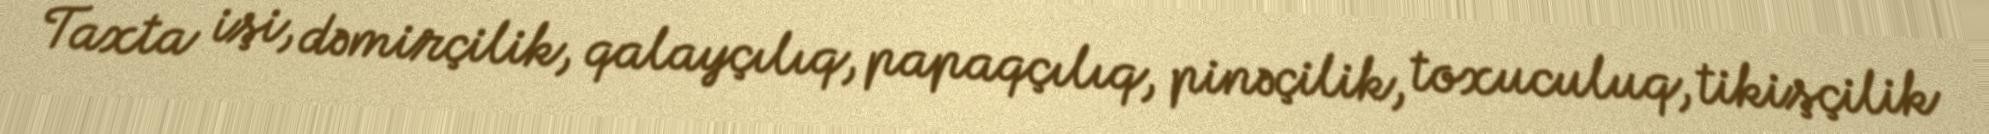
Taxta işi, dəmirçilik, qalayçılıq, papaqçılıq, pinəçilik, toxuculuq, tikişçilik